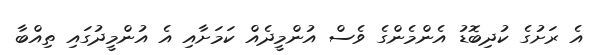
އެ ރަށުގެ ކުދިބޮޑު އެންމެންގެ ވެސް އުންމީދެއް ކަމަށާއި އެ އުންމީދުގައި ތިއްބާ